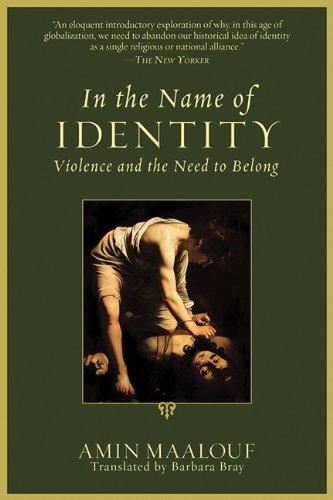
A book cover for In the Name of Identity: Violence and the Need to Belong; Amin Maalouf; Politics & Social Sciences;